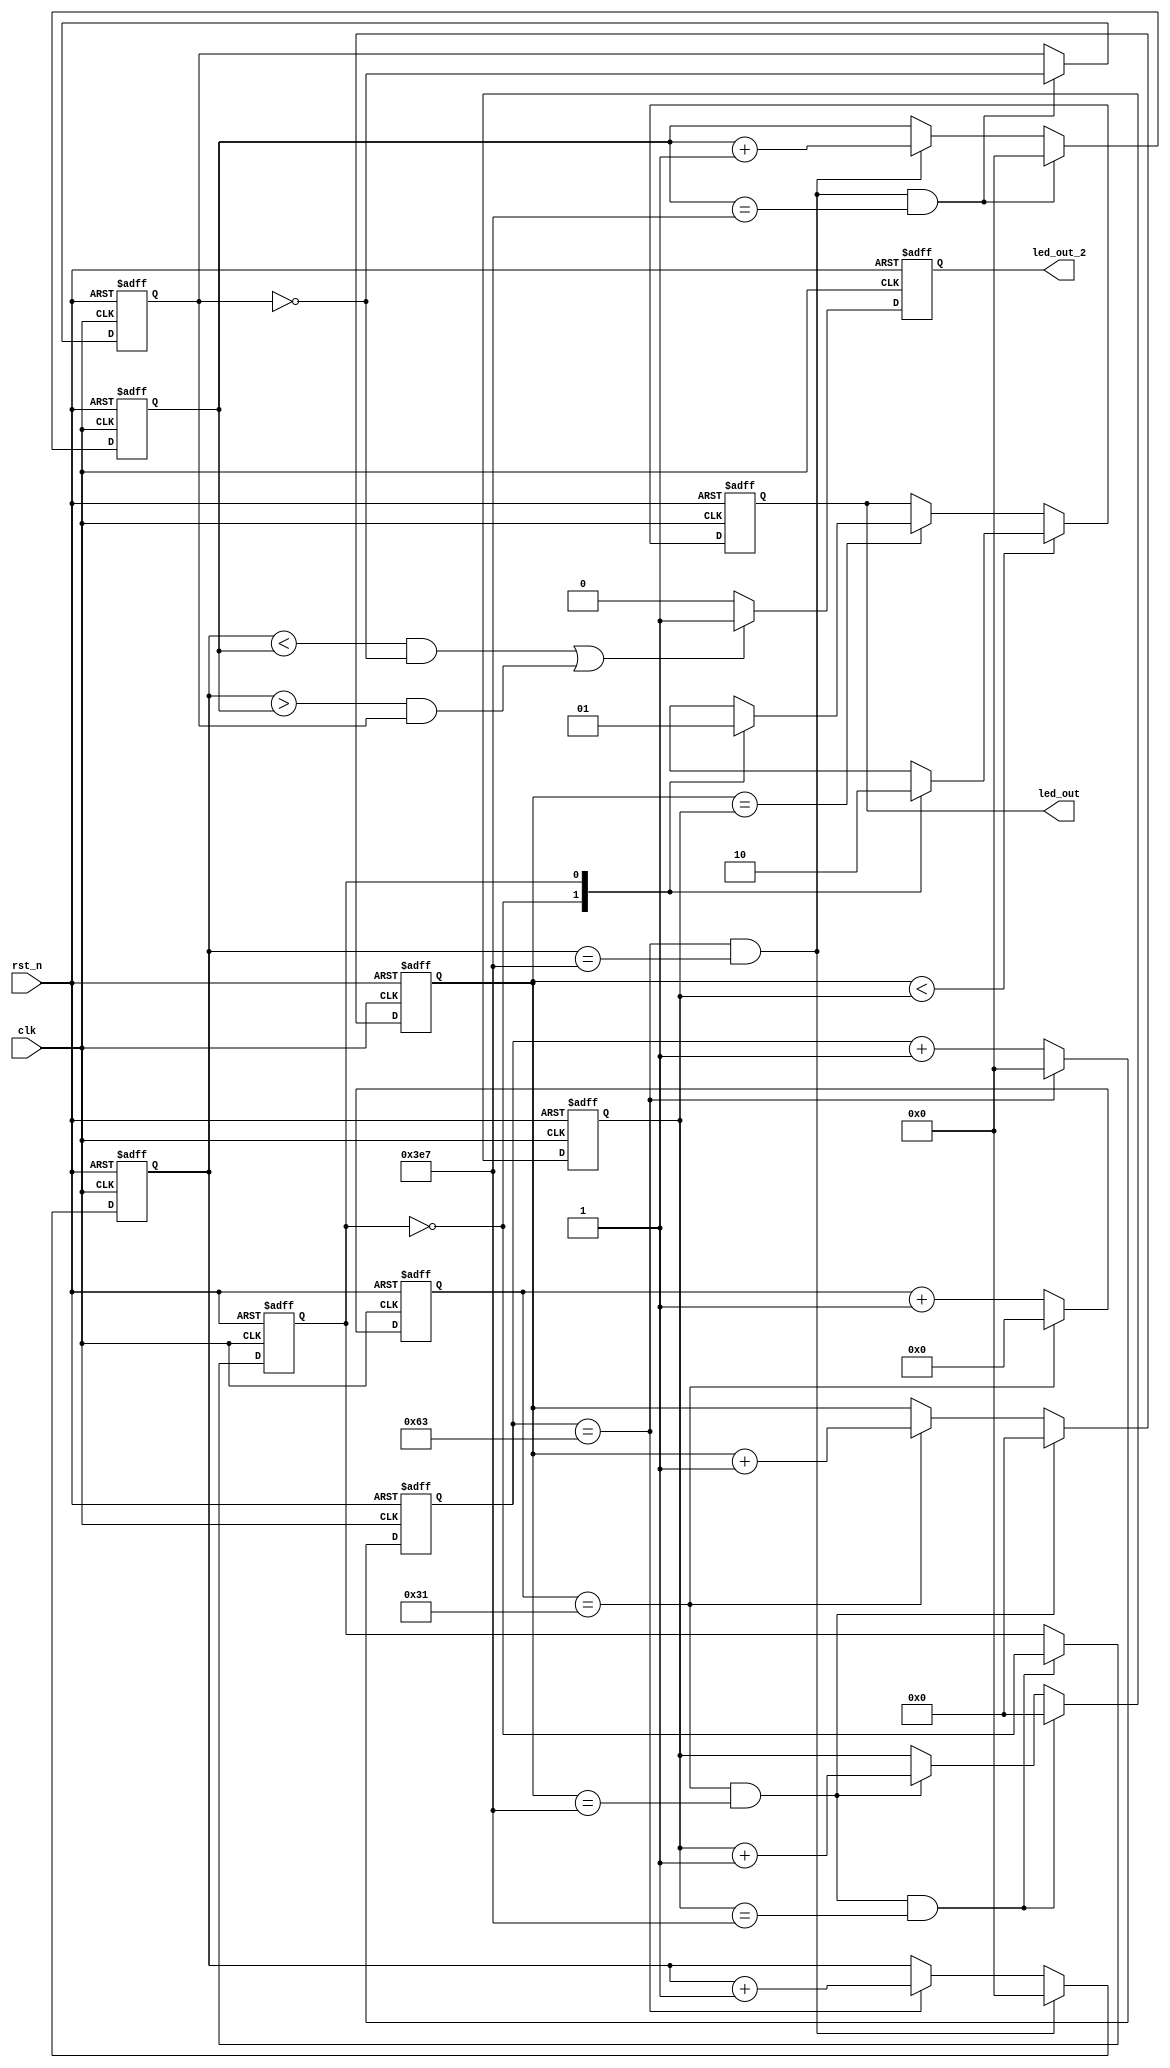
module BL 
#(
	parameter max1 = 50,	//1us20ns
	parameter max2 = 1000	//1ms1us1s1ms
)
(
	input clk,
	input rst_n, 
	output reg led_out,
	output reg led_out_2 
);

	reg [5:0] cnt_1us;
	reg [9:0] cnt_1ms;
	reg [9:0] cnt_1s;
	reg led_state;

	always @(posedge clk or negedge rst_n) begin
		if(~rst_n) begin
			cnt_1us <= 6'd0;
		end else if(cnt_1us == max1 - 6'd1)begin
			cnt_1us <= 6'd0;
		end else begin
			cnt_1us <= cnt_1us + 6'd1;
		end
	end

	always @(posedge clk or negedge rst_n) begin
		if(~rst_n) begin
			cnt_1ms <= 10'd0;
		end else if(cnt_1us == max1 - 6'd1 && cnt_1ms == max2 - 10'd1)begin
			cnt_1ms <= 10'd0;
		end else if(cnt_1us == max1 - 6'd1)begin
			cnt_1ms <= cnt_1ms + 10'd1;
		end else begin
			cnt_1ms <= cnt_1ms;
		end
	end

	always @(posedge clk or negedge rst_n) begin
		if(~rst_n) begin
			cnt_1s <= 10'd0;
		end else if(cnt_1us == max1 - 6'd1 && cnt_1ms == max2 - 10'd1 && cnt_1s == max2 - 10'd1) begin
			cnt_1s <= 10'd0;
		end else if(cnt_1ms == max2 - 10'd1 && cnt_1us == max1 - 6'd1)begin
			cnt_1s <= cnt_1s + 10'd1;
		end else begin
			cnt_1s <= cnt_1s;
		end
	end

	//led_state
	always @(posedge clk or negedge rst_n) begin
		if(~rst_n) begin
			led_state <= 1'd0;
		end else if(cnt_1us == max1 - 6'd1 && cnt_1ms == max2 - 10'd1 && cnt_1s == max2 - 10'd1) begin
			led_state <= ~led_state;
		end else begin
			led_state <= led_state;
		end
	end

	//
	always @(posedge clk or negedge rst_n) begin
		if(~rst_n) begin
			led_out <= 1'd0;
		end else if(cnt_1ms < cnt_1s) begin
			case(led_state) 
				1'd0: led_out <= 1'd1;
				1'd1: led_out <= 1'd0;
				default: led_out <= 1'bx;
			endcase
		end else if(cnt_1ms == cnt_1s) begin
			case (led_state)
				1'd0: led_out <= 1'd0;
				1'd1: led_out <= 1'd1;
				default : led_out <= 1'bx;
			endcase
		end else begin
			led_out <= led_out;
		end

		//cnt_1mscnt_1sled_stateled_out
		/*if(~rst_n) begin
			led_out <= 1'd0;
		end else if((cnt_1ms < cnt_1s && led_state == 1'd0) || (cnt_1ms > cnt_1s && led_state == 1'd1)) begin
			led_out <= 1'd1;
		end else begin
			led_out <= 1'd0;
		end*/
	end





	//
	reg [31:0] cnt_2us;
	reg [31:0] cnt_2ms;
	reg [31:0] cnt_2s;
	reg led_state_2;

	always @(posedge clk or negedge rst_n) begin
		if(~rst_n) begin
			cnt_2us <= 32'd0;
		end else if(cnt_2us == 2*max1 - 32'd1)begin
			cnt_2us <= 32'd0;
		end else begin
			cnt_2us <= cnt_2us + 32'd1;
		end
	end

	always @(posedge clk or negedge rst_n) begin
		if(~rst_n) begin
			cnt_2ms <= 32'd0;
		end else if(cnt_2us == 2*max1 - 32'd1 && cnt_2ms == max2 - 32'd1)begin
			cnt_2ms <= 32'd0;
		end else if(cnt_2us == 2*max1 - 32'd1)begin
			cnt_2ms <= cnt_2ms + 32'd1;
		end else begin
			cnt_2ms <= cnt_2ms;
		end
	end

	always @(posedge clk or negedge rst_n) begin
		if(~rst_n) begin
			cnt_2s <= 32'd0;
		end else if(cnt_2us == 2*max1 - 32'd1 && cnt_2ms == max2 - 32'd1 && cnt_2s == max2 - 32'd1) begin
			cnt_2s <= 32'd0;
		end else if(cnt_2ms == max2 - 32'd1 && cnt_2us == 2*max1 - 32'd1)begin
			cnt_2s <= cnt_2s + 32'd1;
		end else begin
			cnt_2s <= cnt_2s;
		end
	end

	//led_state
	always @(posedge clk or negedge rst_n) begin
		if(~rst_n) begin
			led_state_2 <= 1'd0;
		end else if(cnt_2us == 2*max1 - 32'd1 && cnt_2ms == max2 - 32'd1 && cnt_2s == max2 - 32'd1) begin
			led_state_2 <= ~led_state_2;
		end else begin
			led_state_2 <= led_state_2;
		end
	end

	//
	always @(posedge clk or negedge rst_n) begin

		//cnt_1mscnt_1sled_stateled_out
		if(~rst_n) begin
			led_out_2 <= 1'd0;
		end else if((cnt_2ms < cnt_2s && led_state_2 == 1'd0) || (cnt_2ms > cnt_2s && led_state_2 == 1'd1)) begin
			led_out_2 <= 1'd1;
		end else begin
			led_out_2 <= 1'd0;
		end
	end


endmodule